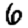
Digit: 6